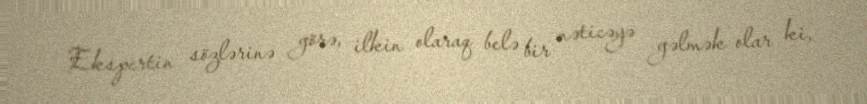
Ekspertin sözlərinə görə, ilkin olaraq belə bir nəticəyə gəlmək olar ki,